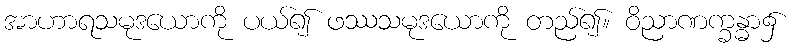
အာဟာရသမုဒယောကို ပယ်၍ ဖဿသမုဒယောကို တည်၍။ ဝိညာဏက္ခန္ဓာ၌